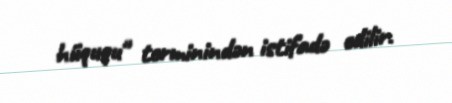
hüququ" terminindən istifadə edilir.